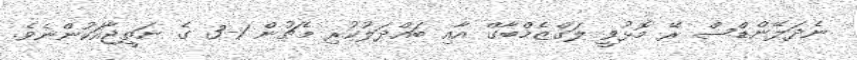
ނެދަލޭންޑްސް ރޭ މޮޅުވީ ލަގްޒެމްބާގް އާއި ބައްދަލުކުރި މެޗުން 1-3 ގެ ނަތީޖާއަކުންނެވެ.